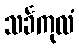
သင်္ခကုလံ